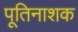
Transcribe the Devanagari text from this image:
पूतिनाशक